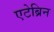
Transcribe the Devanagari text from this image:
एटेब्रिन